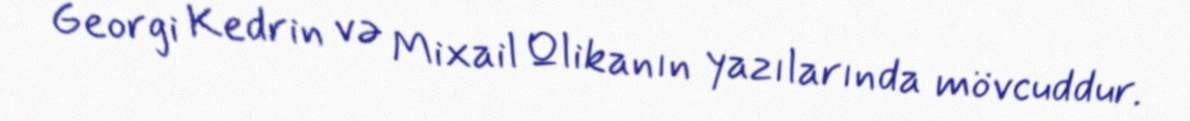
Georgi Kedrin və Mixail Qlikanın yazılarında mövcuddur.